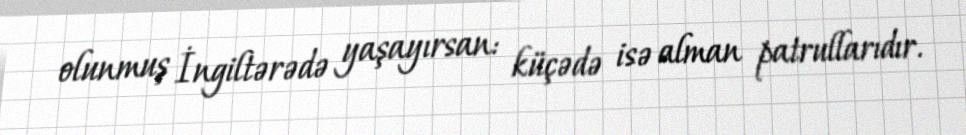
olunmuş İngiltərədə yaşayırsan: küçədə isə alman patrullarıdır.